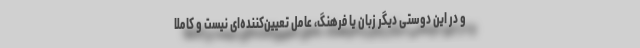
و در این دوستی دیگر زبان یا فرهنگ، عامل تعیین‌کننده‌ای نیست و کاملا